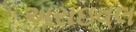
અરાઇવલ